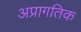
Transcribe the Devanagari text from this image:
अप्रागतिक